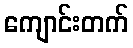
ကျောင်းတက်